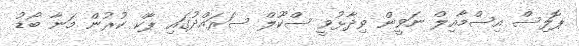
ޕޮލިސް އިސްމާއިލް ނަވީން ވިދާޅުވީ ސްކޫލް ސަރައްދުގައި ޕާކް ކުރުން މަނާ ބޯޑު